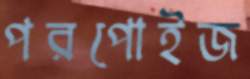
পরপোইজ